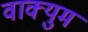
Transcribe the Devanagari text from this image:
वाक्युम